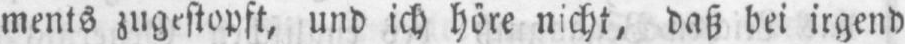
daß bei irgend